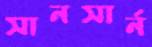
সানসার্ন